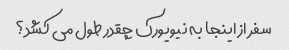
سفر از اینجا به نیویورک چقدر طول می کشد؟